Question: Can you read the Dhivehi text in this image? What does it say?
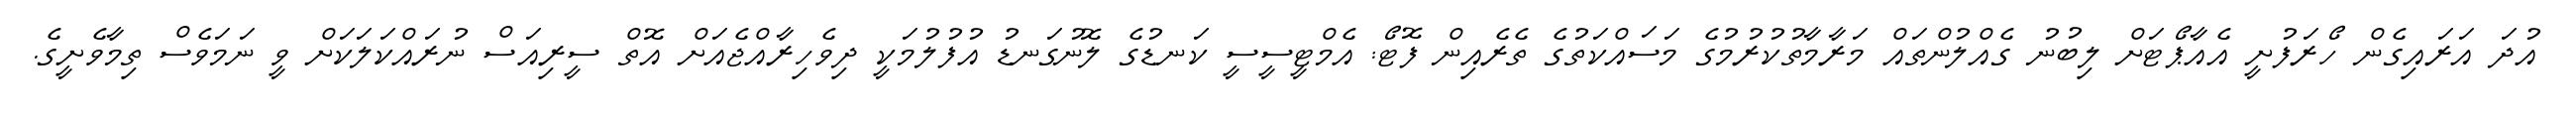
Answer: އުދަ އަރައިގެން ހޯރަފުށީ އެއާޕޯޓަށް ލިބުނު ގެއްލުންތައް މަރާމާތުކުރުމުގެ މަސައްކަތުގެ ތެރެއިން ފޮޓޯ: އެމްޓީސީސީ ކަނޑުގެ ލޮނުގަނޑު އުފުލުމަކީ ދިވެހިރާއްޖެއަށް އޮތް ސީރިއަސް ނުރައްކަލަކަށް ވީ ނަމަވެސް ތިމާވެށީގެ.